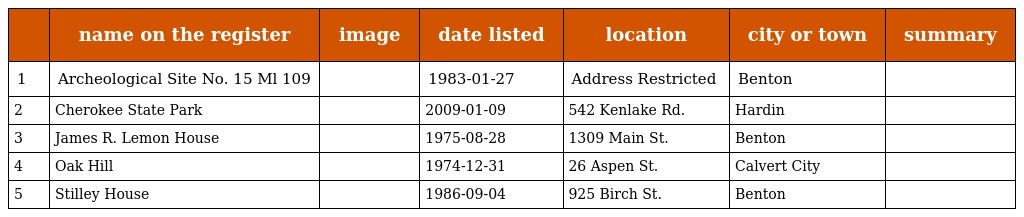
|  | name on the register | image | date listed | location | city or town | summary |
 | --- | --- | --- | --- | --- | --- | --- |
 | 1 | Archeological Site No. 15 Ml 109 |  | 1983-01-27 | Address Restricted | Benton |  |
 | 2 | Cherokee State Park |  | 2009-01-09 | 542 Kenlake Rd. | Hardin |  |
 | 3 | James R. Lemon House |  | 1975-08-28 | 1309 Main St. | Benton |  |
 | 4 | Oak Hill |  | 1974-12-31 | 26 Aspen St. | Calvert City |  |
 | 5 | Stilley House |  | 1986-09-04 | 925 Birch St. | Benton |  |